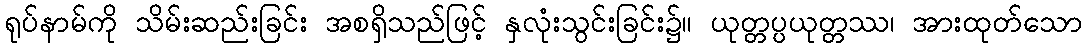
ရုပ်နာမ်ကို သိမ်းဆည်းခြင်း အစရှိသည်ဖြင့် နှလုံးသွင်းခြင်း၌။ ယုတ္တပ္ပယုတ္တဿ၊ အားထုတ်သော